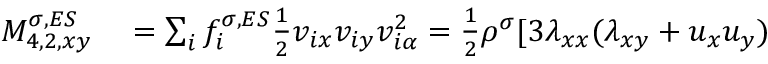
\begin{array} { r } { \begin{array} { r l } { M _ { 4 , 2 , x y } ^ { \sigma , E S } } & { { } = \sum _ { i } f _ { i } ^ { \sigma , E S } \frac { 1 } { 2 } v _ { i x } v _ { i y } v _ { i \alpha } ^ { 2 } = \frac { 1 } { 2 } \rho ^ { \sigma } [ 3 \lambda _ { x x } ( \lambda _ { x y } + u _ { x } u _ { y } ) } \end{array} } \end{array}